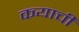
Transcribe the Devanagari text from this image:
कयाची